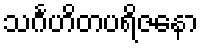
သင်္ဂဟိတပရိဇနော